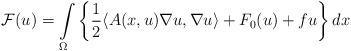
LaTeX: \begin{align*} \mathcal{F}(u) = \int\limits_{\Omega} \left \{ \dfrac{1}{2}\langle A(x,u) \nabla u, \nabla u \rangle + F_0(u) + fu \right \} dx\end{align*}